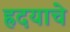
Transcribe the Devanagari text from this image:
ह्रदयाचे